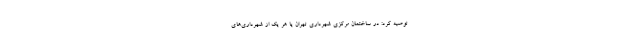
توصیه کرد: در ساختمان مرکزی شهرداری تهران یا هر یک از شهرداری‌های